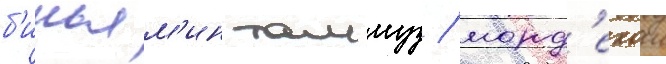
б'иньям'ин таммуз / морд'ехаи